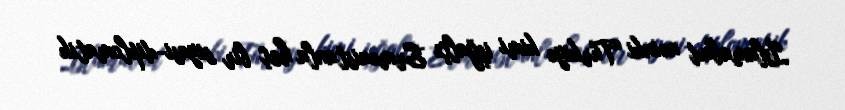
İslamabad nəinki Türkiyə kimi işğalçı Ermənistanla heç bir siyasi-diplomatik